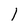
Character: l